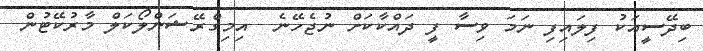
ބިދޭސީއަކު ފިލައިފި ނަމަ ވިސާ ފީ ދައްކާކަށް ނުޖެހޭނެ  އިމިގްރޭޝަންލޯކަލް މާރުކޭޓުން